Vaccine operations Central Provinces 1900-1911 - 1900-1911
Year: 1900
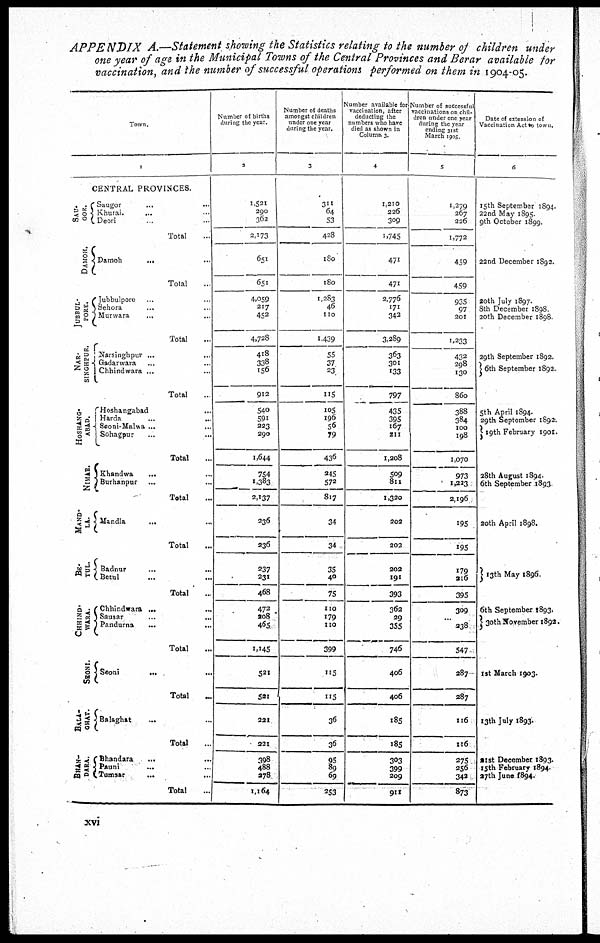
APPENDIX A.—Statement showing the Statistics relating to the number of children under
one year of age in the Municipal Towns of the Central Provinces and Berar available for
vaccination, and the number of successful operations performed on them in 1904-05.
Town.
1
SAU-
GOR.
DAMOH.
JUBBBUL¬
PORE.
NAR-
SINGHPUR.
HOSHANG-
ABAD.
NIMAR.
MAND-
LA.
BE-
TUL.
CHHIND-
WARA.
SEONI.
BALA-
GHAT.
BHAN-
DARA.
CENTRAL PROVINCES.
Saugor... ...
Khurai. ... ...
Deori... ...
Total...
Damoh... ...
Total...
Jubbulpore. ..
Sehora... ..
Murwara... ...
Total...
Narsinghpur... ...
Gadarwara... ...
Chhindwara ... ...
Total...
Hoshangabad...
Harda... ...
Seoni-Malwa ... ...
Sohagpur... ...
Total...
Khandwa... ...
Burhanpur... ...
Total...
Mandla... ...
Total...
Badnur... ...
Betul... ...
Total..
Chhindwara... ...
Sausar... ...
Pandurna... ...
Total
...
Seoni... ...
Total...
Balaghat... ...
Total...
Bhandara... ...
Pauni... ...
Tumsar... ...
Total...
Number of births
during the year.
2
1,521
290
362
2,173
651
651
4,059
217
452
4,728
418
338
156
912
540
591
223
290
1,644
754
1,383
2,137
236
236
237
231
468
472
208
465
1,145
521
521
221
221
398
488
278
1,164
Number of deaths
amongst children
under one year
during the year.
3
311
64
53
428
180
180
1,283
46
110
1,439
55
37
23
115
105
196
56
79
436
245
572
817
34
34
35
40
75
110
179
110
399
115
115
36
36
95
89
69
253
Number available for
vaccination, after
deducting the
numbers who have
died as shown in
Column 3.
4
1,210
226
309
1,745
471
471
2,776
171
342
3,289
363
301
133
797
435
395
167
211
1,208
509
811
1,320
202
202
202
191
393
362
29
355
746
406
406
185
185
303
399
209
911
Number of successful
vaccinations on chil-
dren under one year
during the year
ending 31st
March 1905
5
1,279
267
226
1,772
459
459
935
97
201
1,233
432
298
130
860
388
384
100
198
1,070
973
1,223
2,196
195
195
179
216
395
309
...
238
547
287
287
116
116
275
256
342
873
Date of extension of
Vaccination Act to town.
6
15th September 1894.
22nd May 1895
9th October 1899
22nd December 1892.
20th July 1897.
8th December 1898
20th December 1898.
29th September 1892.
6th September 1892.
5th April 1894.
29th September 1892.
19th February 1901.
28th August 1894.
6th September 1893
20th April 1898.
13th May 1896.
6th September 1893.
30th November 1892.
1st March 1903.
13th July 1893.
21st December 1893.
15th February 1894.
27th June 1894.
xvi